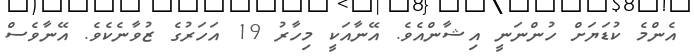
އެންމެ ކުޑަޔަށް ހުންނަނީ އިޝާންއެވެ. އޭނާއަކީ މިހާރު 19 އަހަރުގެ ޒުވާނެކެވެ. އޭނާވެސް